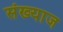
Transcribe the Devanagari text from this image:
संख्याज